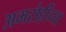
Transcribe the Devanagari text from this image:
अमरोहींच्या